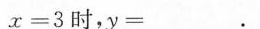
$$x = 3$$时，$$y = ___$$.